system: You are a helpful assistant.
user:
Analyze the provided spectrum to determine if it is a **M-type Giant (gM)**.

A M-type Giant spectrum is defined by its **strong molecular absorption** features, particularly from **Titanium Oxide (TiO)**. You must check for one of the following mutually exclusive signatures:

- **Key Visual Indicators (Absorption-Dominated Spectrum):**

    - **(Primary):** The spectrum is dominated by strong molecular absorption from **Titanium Oxide (TiO)**. This is the **defining feature** of its M-type temperature class.
        - **(Key Bandheads):** Look for sharp, "saw-tooth" absorption valleys. The strongest are located near **~7050 Å**, **~6160 Å**, and **~5170 Å**.
        - **(Line Profile):** The "saw-tooth" morphology is critical: a **sharp, steep drop on the BLUE (short-wavelength) side** of the bandhead, followed by a gradual recovery (rising flux) towards the RED (long-wavelength) side.

    - **(Key Confirmation - Giant vs. Dwarf):** **ABSENCE** of strong **Calcium Hydride (CaH)** molecular bands. This is the primary diagnostic for *excluding* M-dwarfs.
        - **(Key Region):** The spectrum should lack the strong, broad absorption band seen in dwarfs between **~6800 Å and ~7000 Å**.

    - **(Secondary Confirmation - Giant):** A very strong and broad **Neutral Calcium (Ca I)** atomic absorption line.
        - **(Key Line):** Located at **~4226 Å**. In a giant (gM), this line is significantly deeper and broader than the same line in an M-dwarf (dM) due to low surface gravity.

    - **(Overall Spectrum):**
        - The continuum is **extremely red-sloping** (i.e., flux is very low in the blue and rises dramatically towards the red).
        - The entire spectrum appears "chopped up" by the deep TiO bands.

Think first, call **spectral_visualization_tool** if needed to examine features in detail, then provide your final answer. Your response must adhere to the following strict rules:
1.  **Overall Structure:** Your response must follow the format `<think>...</think> <tool_call>...</tool_call> (if a tool is used) <answer>...</answer>`.
2.  **Tool Usage Constraint:** You may only make **one** tool call per turn.
3.  **Final Answer Format:** In the `<answer>` tag, your conclusion must be inside a `\boxed{}` command (e.g., `\boxed{YES}` or `\boxed{NO}`), followed by your justification.

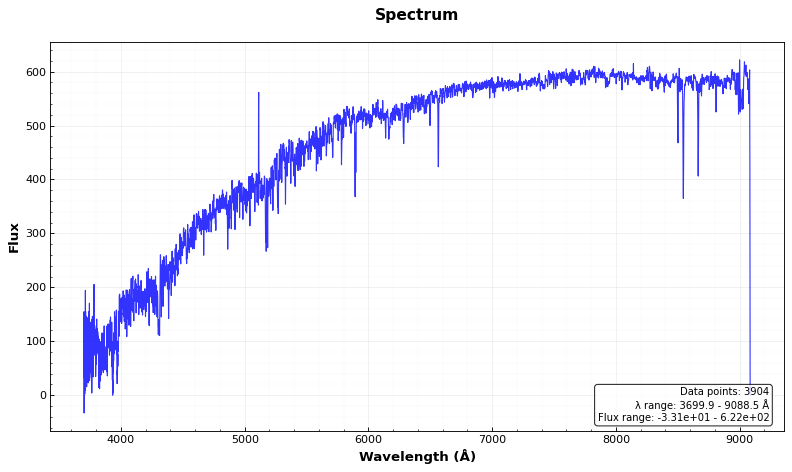
Answer: NO